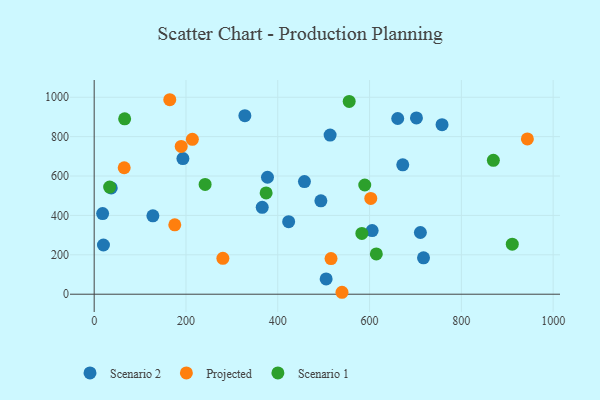
{"axis": {"x": "Study Hours", "y": "Profit"}, "legend": ["Projected", "Scenario 1", "Scenario 2"], "data": [{"x": "193.3", "y": 688.8, "type": "Scenario 2"}, {"x": "505.4", "y": 77.4, "type": "Scenario 2"}, {"x": "757.9", "y": 860.9, "type": "Scenario 2"}, {"x": "18.4", "y": 409.4, "type": "Scenario 2"}, {"x": "710.7", "y": 313.4, "type": "Scenario 2"}, {"x": "605.6", "y": 323.0, "type": "Scenario 2"}, {"x": "127.9", "y": 397.7, "type": "Scenario 2"}, {"x": "661.3", "y": 892.1, "type": "Scenario 2"}, {"x": "717.5", "y": 184.5, "type": "Scenario 2"}, {"x": "328.3", "y": 906.3, "type": "Scenario 2"}, {"x": "672.3", "y": 657.0, "type": "Scenario 2"}, {"x": "366.1", "y": 441.3, "type": "Scenario 2"}, {"x": "493.9", "y": 474.1, "type": "Scenario 2"}, {"x": "423.7", "y": 368.4, "type": "Scenario 2"}, {"x": "702.1", "y": 895.1, "type": "Scenario 2"}, {"x": "20.2", "y": 249.9, "type": "Scenario 2"}, {"x": "458.1", "y": 571.6, "type": "Scenario 2"}, {"x": "514.0", "y": 808.1, "type": "Scenario 2"}, {"x": "377.6", "y": 593.7, "type": "Scenario 2"}, {"x": "37.2", "y": 539.4, "type": "Scenario 2"}, {"x": "280.4", "y": 182.0, "type": "Projected"}, {"x": "213.9", "y": 786.3, "type": "Projected"}, {"x": "164.7", "y": 987.4, "type": "Projected"}, {"x": "175.6", "y": 352.1, "type": "Projected"}, {"x": "516.0", "y": 180.8, "type": "Projected"}, {"x": "943.8", "y": 788.4, "type": "Projected"}, {"x": "189.6", "y": 750.3, "type": "Projected"}, {"x": "539.9", "y": 9.8, "type": "Projected"}, {"x": "602.6", "y": 486.3, "type": "Projected"}, {"x": "65.4", "y": 642.1, "type": "Projected"}, {"x": "583.2", "y": 308.7, "type": "Scenario 1"}, {"x": "374.6", "y": 514.2, "type": "Scenario 1"}, {"x": "614.7", "y": 204.3, "type": "Scenario 1"}, {"x": "869.7", "y": 679.6, "type": "Scenario 1"}, {"x": "66.4", "y": 890.5, "type": "Scenario 1"}, {"x": "241.7", "y": 557.2, "type": "Scenario 1"}, {"x": "555.6", "y": 978.6, "type": "Scenario 1"}, {"x": "910.9", "y": 253.8, "type": "Scenario 1"}, {"x": "33.7", "y": 544.1, "type": "Scenario 1"}, {"x": "589.5", "y": 554.5, "type": "Scenario 1"}]}